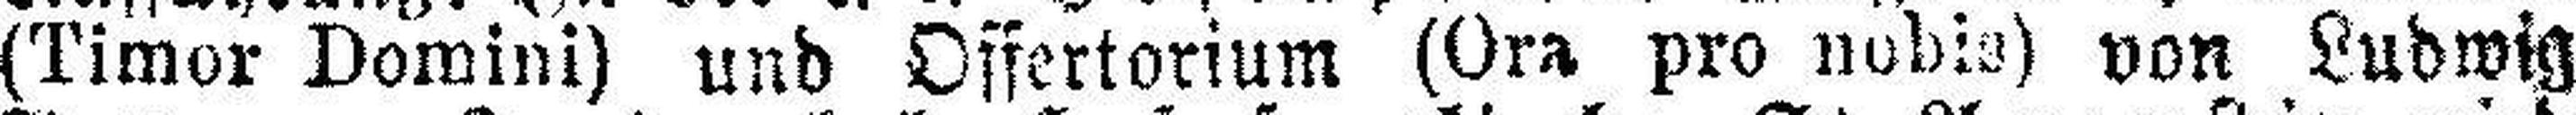
(Timor Domini) und Offertorium (Ora pro nobis) von Ludwig